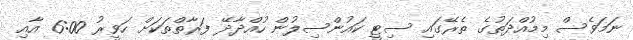
ނަމަވެސް މިމުއްދަތުގެ ތެރޭގައި ސިޓީ ކައުންސިލުން ހުއްދާދޭ ފަރާތްތަކަށް ހަވީރު 6:00 އާއި